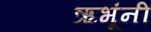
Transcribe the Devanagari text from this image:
ऋभूंनी